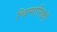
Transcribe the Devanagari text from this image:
चिम्पान्ज़ियों